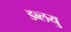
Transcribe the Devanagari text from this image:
डब्लयु